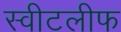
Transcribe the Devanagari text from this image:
स्वीटलीफ